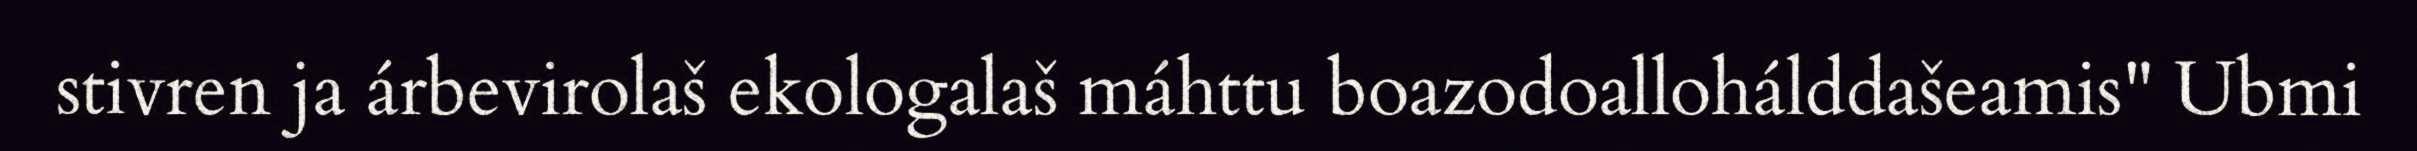
stivren ja árbevirolaš ekologalaš máhttu boazodoallohálddašeamis" Ubmi